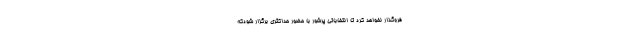
فروگذار نخواهد کرد تا انتخاباتی پرشور با حضور حداکثری برگزار شودکه